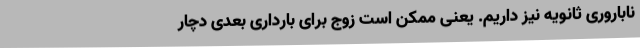
ناباروری ثانویه نیز داریم. یعنی ممکن است زوج برای بارداری بعدی دچار